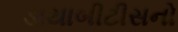
ડાયાબીટીસનો